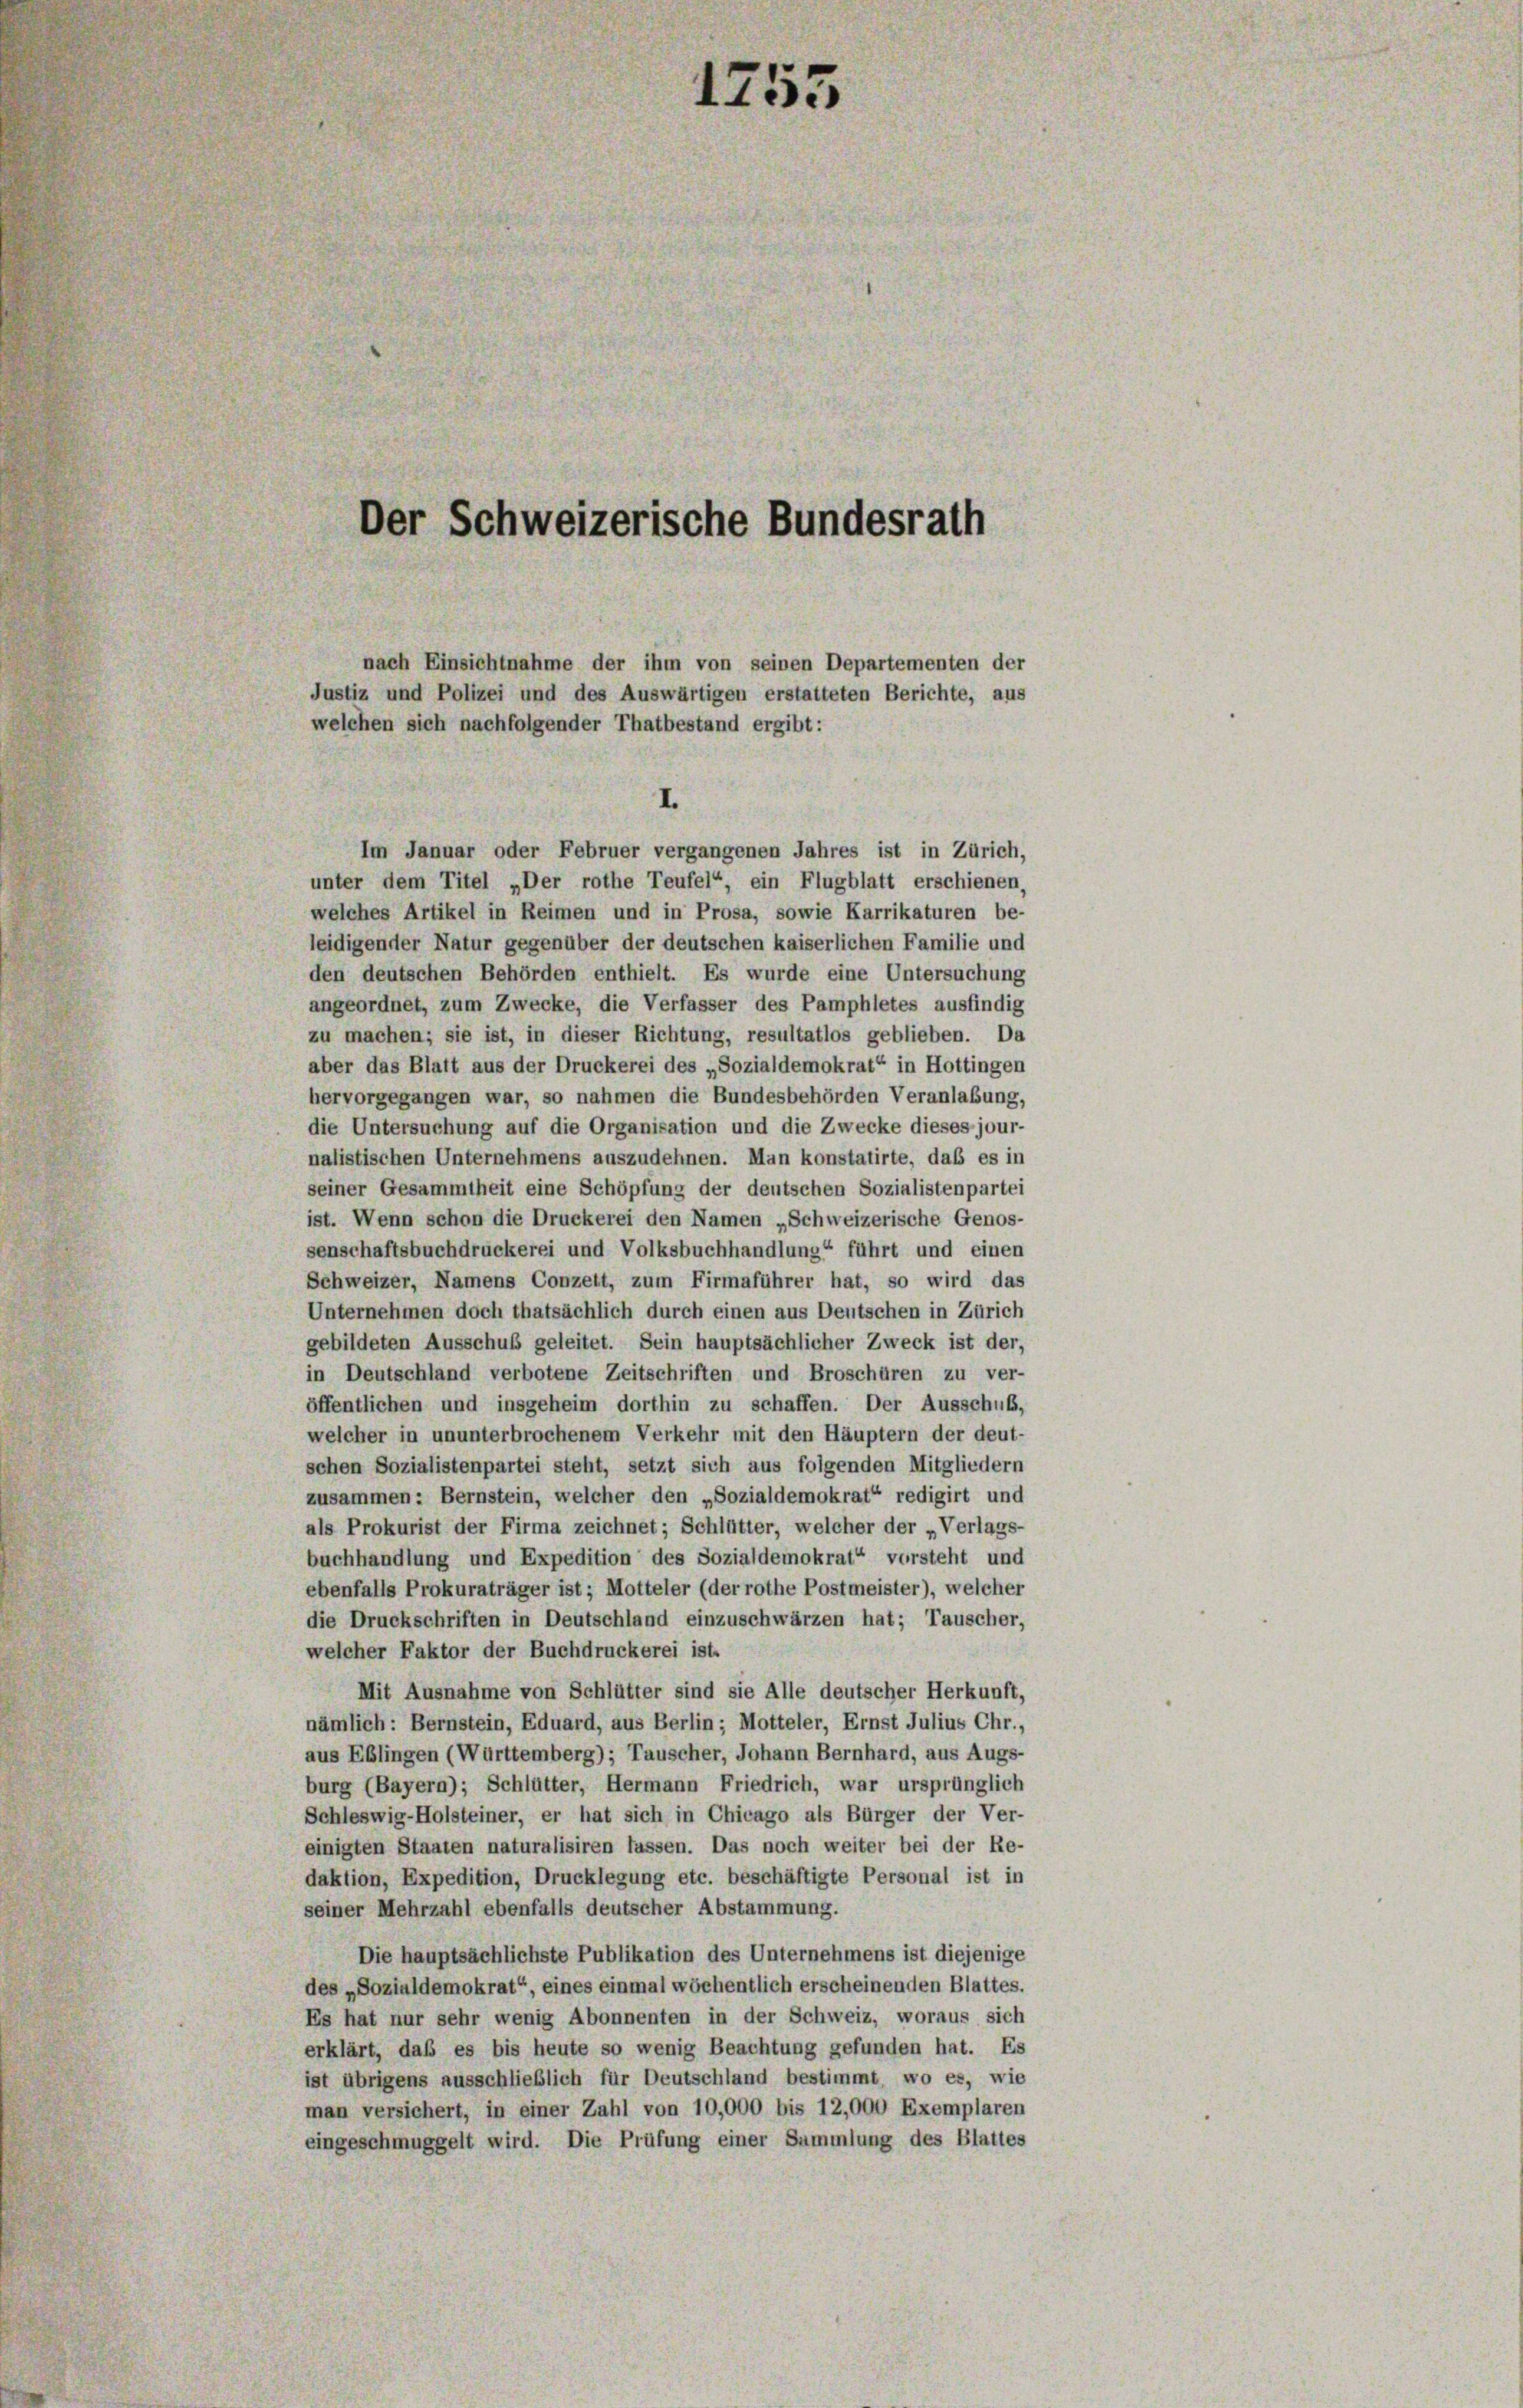
1755
Der Schweizerische Bundesrath

nach Einsichtnahme der ihm von seinen Departementen der
Justiz und Polizei und des Auswärtigen erstatteten Berichte, aus
welchen sich nachfolgender Thatbestand ergibt:
I.
Im Januar oder Februer vergangenen Jahres ist in Zürich,

unter dem Titel „Der rothe Teufel“, ein Flugblatt erschienen
welches Artikel in Reimen und in Prosa, sowie Karrikaturen be-
leidigender Natur gegenüber der deutschen kaiserlichen Familie und
den deutschen Behörden enthielt. Es wurde eine Untersuchung
angeordnet, zum Zwecke, die Verfasser des Pamphletes ausfindig
zu machen; sie ist, in dieser Richtung, resultatlos geblieben. Da
aber das Blatt aus der Druckerei des „Sozialdemokrat“ in Hottingen
hervorgegangen war, so nahmen die Bundesbehörden Veranlaßung,
die Untersuchung auf die Organisation und die Zwecke dieses jour-
nalistischen Unternehmens auszudehnen. Man konstatirte, daß es in
seiner Gesammtheit eine Schöpfung der deutschen Sozialistenpartei
ist. Wenn schon die Druckerei den Namen „Schweizerische Genos-
senschaftsbuchdrückerei und Volksbuchhandlung“ führt und einen
Schweizer, Namens Conzett, zum Firmaführer hat, so wird das
Unternehmen doch thatsächlich durch einen aus Deutschen in Zürich
gebildeten Ausschuß geleitet. Sein hauptsächlicher Zweck ist der,
in Deutschland verbotene Zeitschriften und Broschüren zu ver-
öffentlichen und insgeheim dorthin zu schaffen. Der Ausschuls,
welcher in ununterbrochenem Verkehr mit den Häuptern der deut-
schen Sozialistenpartei steht, setzt sich aus folgenden Mitgliedern
zusammen: Bernstein, welcher den „Sozialdemokrat“ redigirt und
als Prokurist der Firma zeichnet; Schlütter, welcher der „Verlags-
buchhandlung und Expedition des Sozialdemokrat“ versteht und
ebenfalls Prokuraträger ist; Motteler (der rothe Postmeister), welcher
die Druckschriften in Deutschland einzuschwärzen hat; Tauscher,
welcher Faktor der Buchdruckerei ist.
Mit Ausnahme von Schlütter sind sie Alle deutscher Herkunft,
nämlich: Bernstein, Eduard, aus Berlin; Motteler, Ernst Julius Chr.,
aus Eblingen (Württemberg); Tauscher, Johann Bernhard, aus Augs-
burg (Bayern); Schlütter, Hermann Friedrich, war ursprünglich
Schleswig-Holsteiner, er hat sich in Chicago als Bürger der Ver-
einigten Staaten naturalisiren lassen. Das noch weiter bei der Re-
daktion, Expedition, Drucklegung etc. beschäftigte Personal ist in
seiner Mehrzahl ebenfalls deutscher Abstammung.
Die hauptsächlichste Publikation des Unternehmens ist diejenige
des „Sozialdemokrat“, eines einmal wöchentlich erscheinenden Blattes.
Es hat nur sehr wenig Abonnenten in der Schweiz, woraus sich
erklärt, daß es bis heute so wenig Beachtung gefunden hat. Es
ist übrigens ausschließlich für Deutschland bestimmt, wo es, wie
man versichert, in einer Zahl von 10,000 bis 12,000 Exemplaren
eingeschmuggelt wird. Die Prüfung einer Sammlung des Blattes